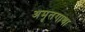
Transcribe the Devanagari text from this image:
अमृतगाथा